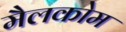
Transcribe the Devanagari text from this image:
मैलकोम